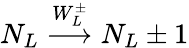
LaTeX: N_{L}\stackrel{W_{L}^{\pm}}{\longrightarrow}N_{L}\pm 1